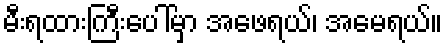
မီးရထားကြီးပေါ်မှာ အဖေရယ်၊ အမေရယ်။